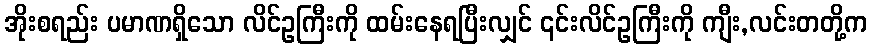
အိုးစရည်း ပမာဏရှိသော လိင်ဥကြီးကို ထမ်းနေရပြီးလျှင် ၎င်းလိင်ဥကြီးကို ကျီး,လင်းတတို့က